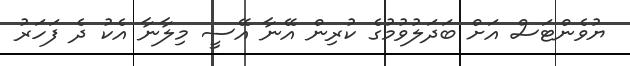
ޔުވެންޓަސް އަށް ބަދަލުވުމުގެ ކުރިން އޭނާ އޭސީ މިލާނާ އެކު ދެ ފަހަރު